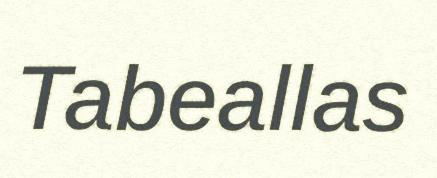
Tabeallas